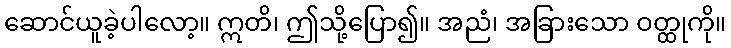
ဆောင်ယူခဲ့ပါလော့။ ဣတိ၊ ဤသို့ပြော၍။ အညံ၊ အခြားသော ဝတ္ထုကို။